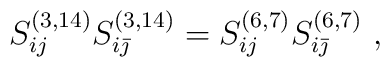
S_{ij}^{(3,14)}S_{i{\bar\jmath}}^{(3,14)}=S_{ij}^{(6,7)}S_{i{\bar\jmath}}^{(6,7)}\ ,